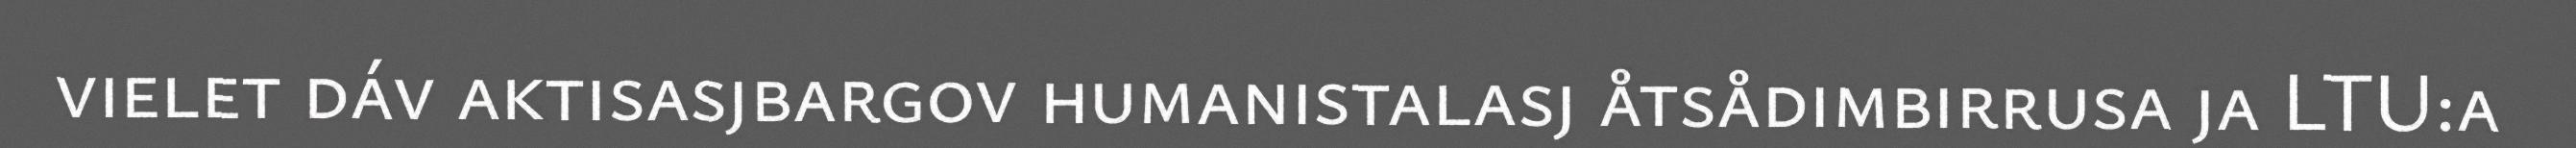
vielet dáv aktisasjbargov humanistalasj åtsådimbirrusa ja LTU:a